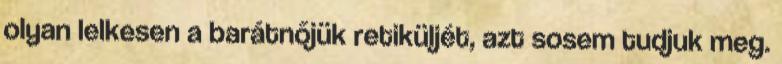
olyan lelkesen a barátnőjük retiküljét, azt sosem tudjuk meg.